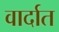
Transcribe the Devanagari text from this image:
वार्दात